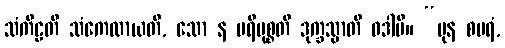
သံကီဠတိ သံကေလာယတိ, သော န ပရိမုစ္စတိ ဒုက္ခသ္မာတိ ဝဒါမိ။ “ပုန စပရံ,